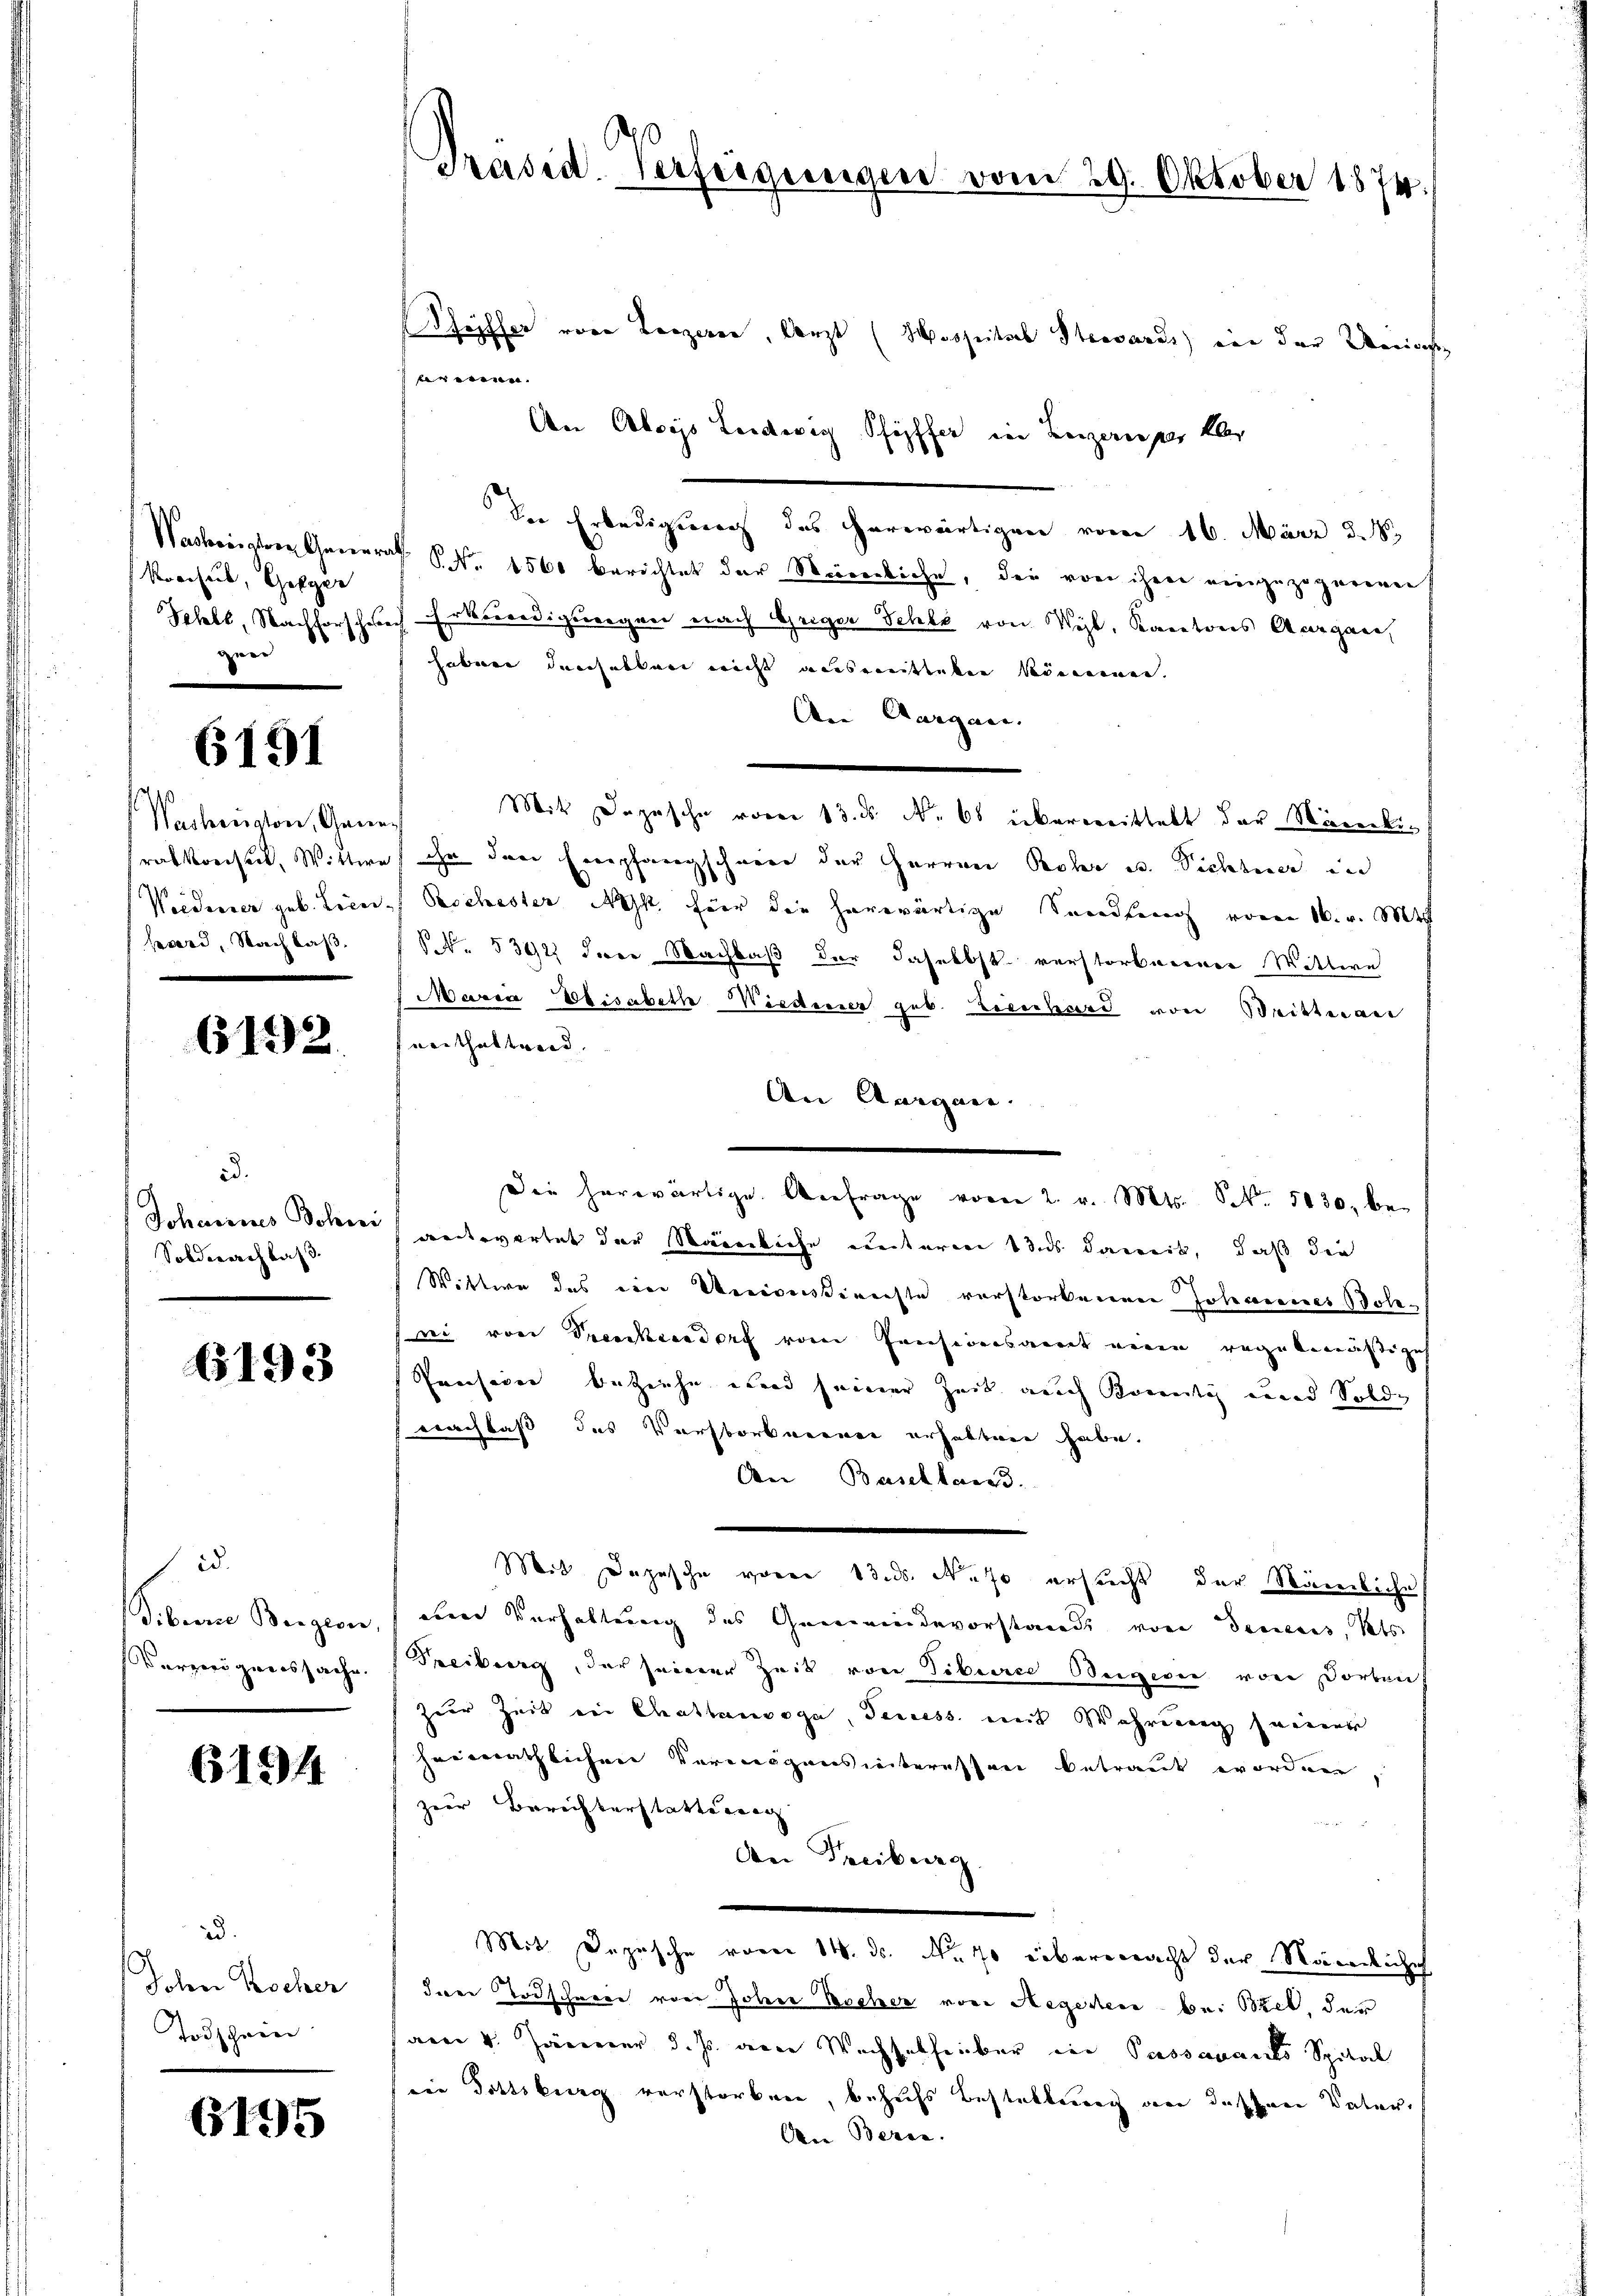
Wackerstor General
Konsul, Hofger
Schell, Nachforschebe
e

6191

Washorsaton, Garen.
rabkreiset, Wittwe
Weiderrer geb. Lice.
Bavard, Nachlaß.

6192.

id.
Johannes Bohni
Soldwachtas 3.

193

i
Dibiere Bergese
Varzer genes sache.

61944

ad.
John Wocher
Todschein

6195

Präsid. Verfügungen vom 29. Oktober 1874.

Schöpfter von Lorzeren, darzt (Hospital Stevards) von der Weins
An Aloys Leidwig Schöpffer in Luzern per aber
Der Erledigung des Herwärtigen vom 16. März d. M.
P. P. Nr. 1560 berichtet der Würenliche, die von ihrer eingezogenen
Erkundigungen nach Gregor Schle von Wyl, Kantons Aargare,
haben durchabten nicht ausserblicken könnennen.
An Aargau.
Mit Depesche voren 13. ds. No 68 karoreittekt der Mänenkiihr dere Empfangschwere der Herren Rohr u. Sichtner in
Rochester Ah. hier die herwärtige Sandlung von 16. v. Mt
N. 5392 dere Nachbaß der Jaselbst verstorbnerner Wittwe
Maria Elisabeth Niederer geb. Lienhard von Brittnau
verthaltend.
An Aargane.
Die herwärtige Anfrage vom 2. v. Mts. S. 5130, be-
anderwartet der Stämmliche unterm das damit, daß die
Wittwe des eine Verirensdienste verstorbenen Johannes Solei von Treichendorf vom Considenswert mein regelmäßige
Preisever beziehe ebend seiner Zeit auch Konti und Solde
Nachlaß das Verstorbnerner erhalten habe.
An Baselland.
Mit Depesche voren 13. ds. Neso ersucht der Sägerliche
eten Verhaltung des Gemeindevorstand von Decens, Kts
Freiburg, der seiner Zeit von Tiberei Beigerei von Dorben
Zur Zeit in Chatlanoga, Seniess mit Wahrung seiner
heimathlichen Vermögensinteressen betraut worden,
zur Berechterstattung
An Treiburg
Mit Depesche voren 14. ds. No. 70 übermacht der Nägelichich
dare Todschwere von Jobene Bocher von Segesen bei Szet, der
aen 4. Jännerer d. Js. deren Wachselheiber in Passavants Spital
eie Dottsburg verstorben, behufs Bestattung an dassen Vater
An Bern.

eweren.